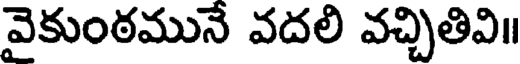
వెకుంఠమునే వదలి వచ్చితివి॥